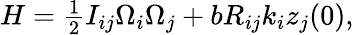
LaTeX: \begin{array}{r}{H=\frac 12I_{ij}\Omega_{i}\Omega_{j}+bR_{ij}k_{i}z_{j}(0),}\end{array}